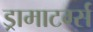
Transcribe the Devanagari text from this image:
ड्रामाटर्ग्स